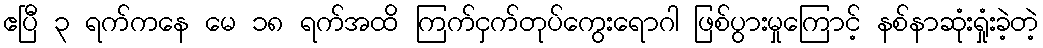
ဧပြီ ၃ ရက်ကနေ မေ ၁၈ ရက်အထိ ကြက်ငှက်တုပ်ကွေးရောဂါ ဖြစ်ပွားမှုကြောင့် နစ်နာဆုံးရှုံးခဲ့တဲ့